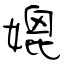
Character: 媲